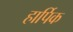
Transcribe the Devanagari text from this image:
हार्पिक